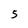
Character: 5